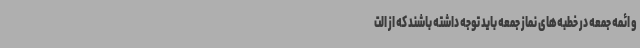
و ائمه جمعه در خطبه‌های نماز جمعه باید توجه داشته باشند که از الت